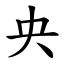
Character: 央